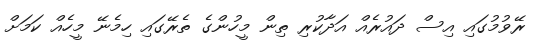
ރޭވުމުގައި އިސް ދައުރެއް އަދާކުރި ތިން މީހުންގެ ތެރޭގައި ހިމެނޭ މީހެއް ކަމަށް